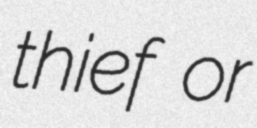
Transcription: thief or